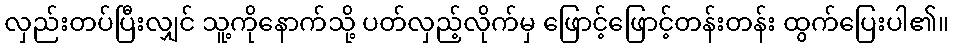
လှည်းတပ်ပြီးလျှင် သူ့ကိုနောက်သို့ ပတ်လှည့်လိုက်မှ ဖြောင့်ဖြောင့်တန်းတန်း ထွက်ပြေးပါ၏။